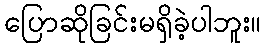
ပြောဆိုခြင်းမရှိခဲ့ပါဘူး။